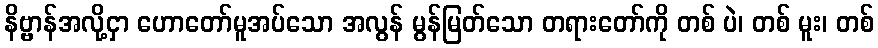
နိဗ္ဗာန်အလို့ငှာ ဟောတော်မူအပ်သော အလွန် မွန်မြတ်သော တရားတော်ကို တစ် ပဲ၊ တစ် မူး၊ တစ်